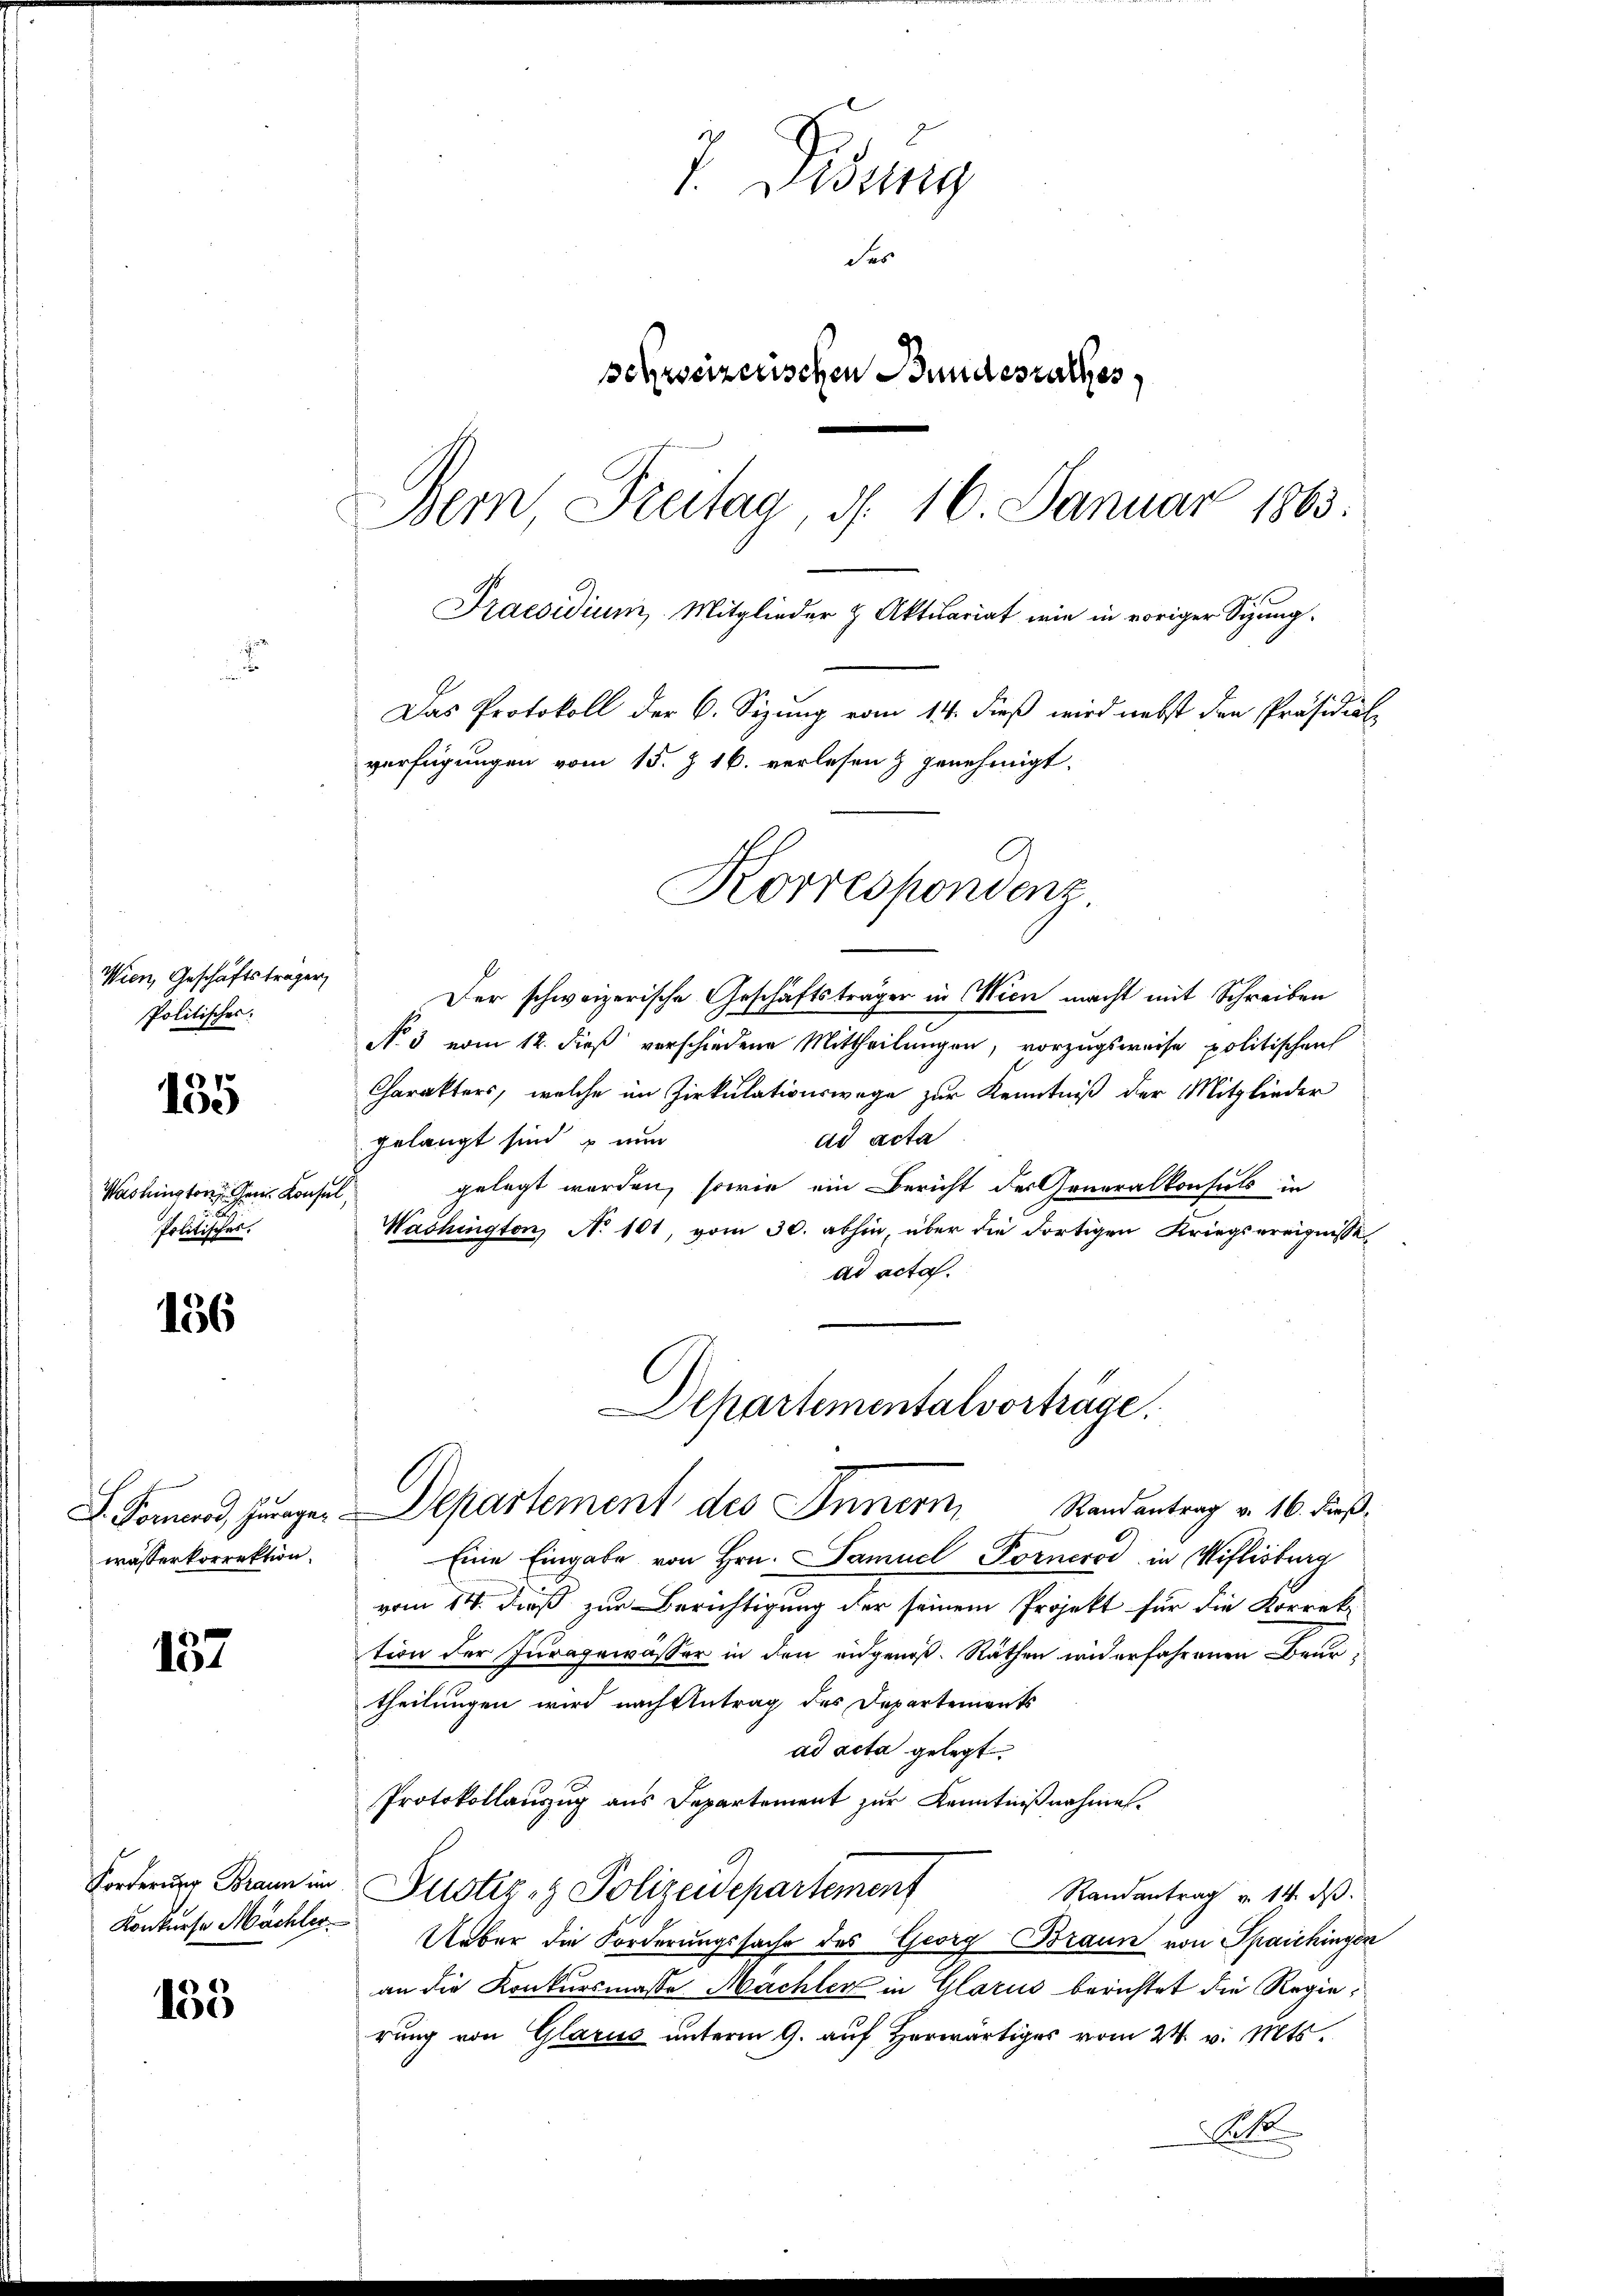
Wien, Geschäftsträger
Politisches:

135

Washington ein Konsu
Politisches.

156

L. Forneros, Zuragen
wasserkorrektion.

157

Forderung Braun im
Konkurse Mächler

133

V. Sessing
des
schweizerischen Bundesrathes,
Bern Freitag, d. 16. Januar 1863.
Praesidium Mitglieder & Aktuariat wie in voriger Sizung.
Das Protokoll der C. Sizung vom 14. dieß wird nebst den Präsidial-
verfügungen vom 15. Z. 16. verlesen & genehmigt.

Korrespondenz

Der schweizerische Geschäftsträger in Wien macht mit Schreiben
N. 3 vom 12. dieß verschiedene Mittheilungen, vorzugsweise politischen
Charakters, welche im Zirkulationswege zur Kenntniß der Mitglieder
ad acta
gelangt sind, u. nun
gelegt werden, sowie ein Bericht der Generalkonsuls in
Washington, No 101, vom 30. abhin, über die dortigen Kriegsereignisse
ad acta.
Eine Eingabe von Hrn. Samuel Fornrod in Mislistrag
vom 14. dieß zur Berichtigung der seinem Projekt für die Korrektion der Juragewasser in den eidgenöß. Räthen widerfahrenen Beurtheilungen wird nach Antrag des Departements
ad acta gelegt.
Protokollauszug aus Departement zur Kenntnißnahmen.
Justiz- & Polizeidepartement
Randantrag v. 14. ds.
Ueber die Forderungssache des Georg Braun von Spaichingen
an die Konkursmasse Machter in Glarus berichtet die Regierung von Glarus unterm 9. auf herwärts vom 24. v. Mts.
Late

Departementalvorträge.
Departement des Innern, Randantrag v. 16. dieß¬